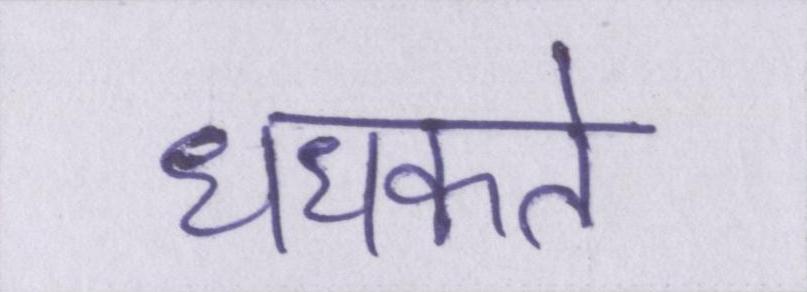
धधकते